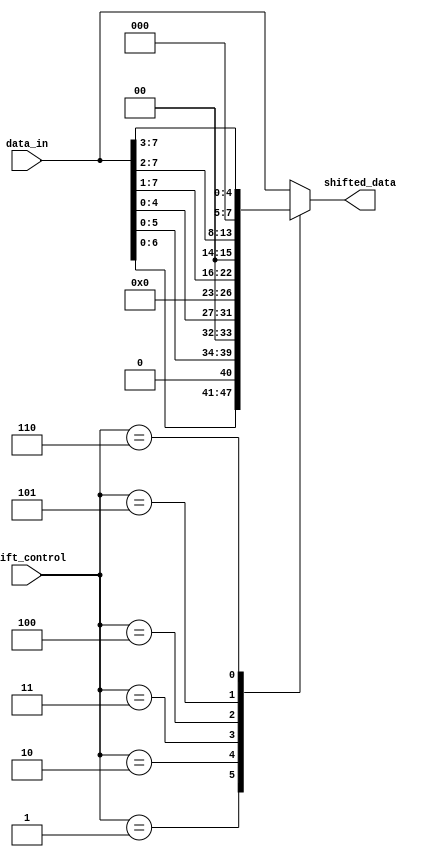
module simple_barrel_shifter (
    input [7:0] data_in,
    input [2:0] shift_control,
    output reg [7:0] shifted_data
);

always @(*) begin
    case(shift_control)
        3'b000: shifted_data = data_in; // No shift
        3'b001: shifted_data = data_in << 1; // Shift left by 1 position
        3'b010: shifted_data = data_in << 2; // Shift left by 2 positions
        3'b011: shifted_data = data_in << 3; // Shift left by 3 positions
        3'b100: shifted_data = data_in >> 1; // Shift right by 1 position
        3'b101: shifted_data = data_in >> 2; // Shift right by 2 positions
        3'b110: shifted_data = data_in >> 3; // Shift right by 3 positions
        default: shifted_data = data_in; // Default to no shift
    endcase
end

endmodule